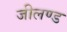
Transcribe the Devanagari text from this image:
जीलण्ड